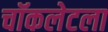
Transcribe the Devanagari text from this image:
चॉकलेटला